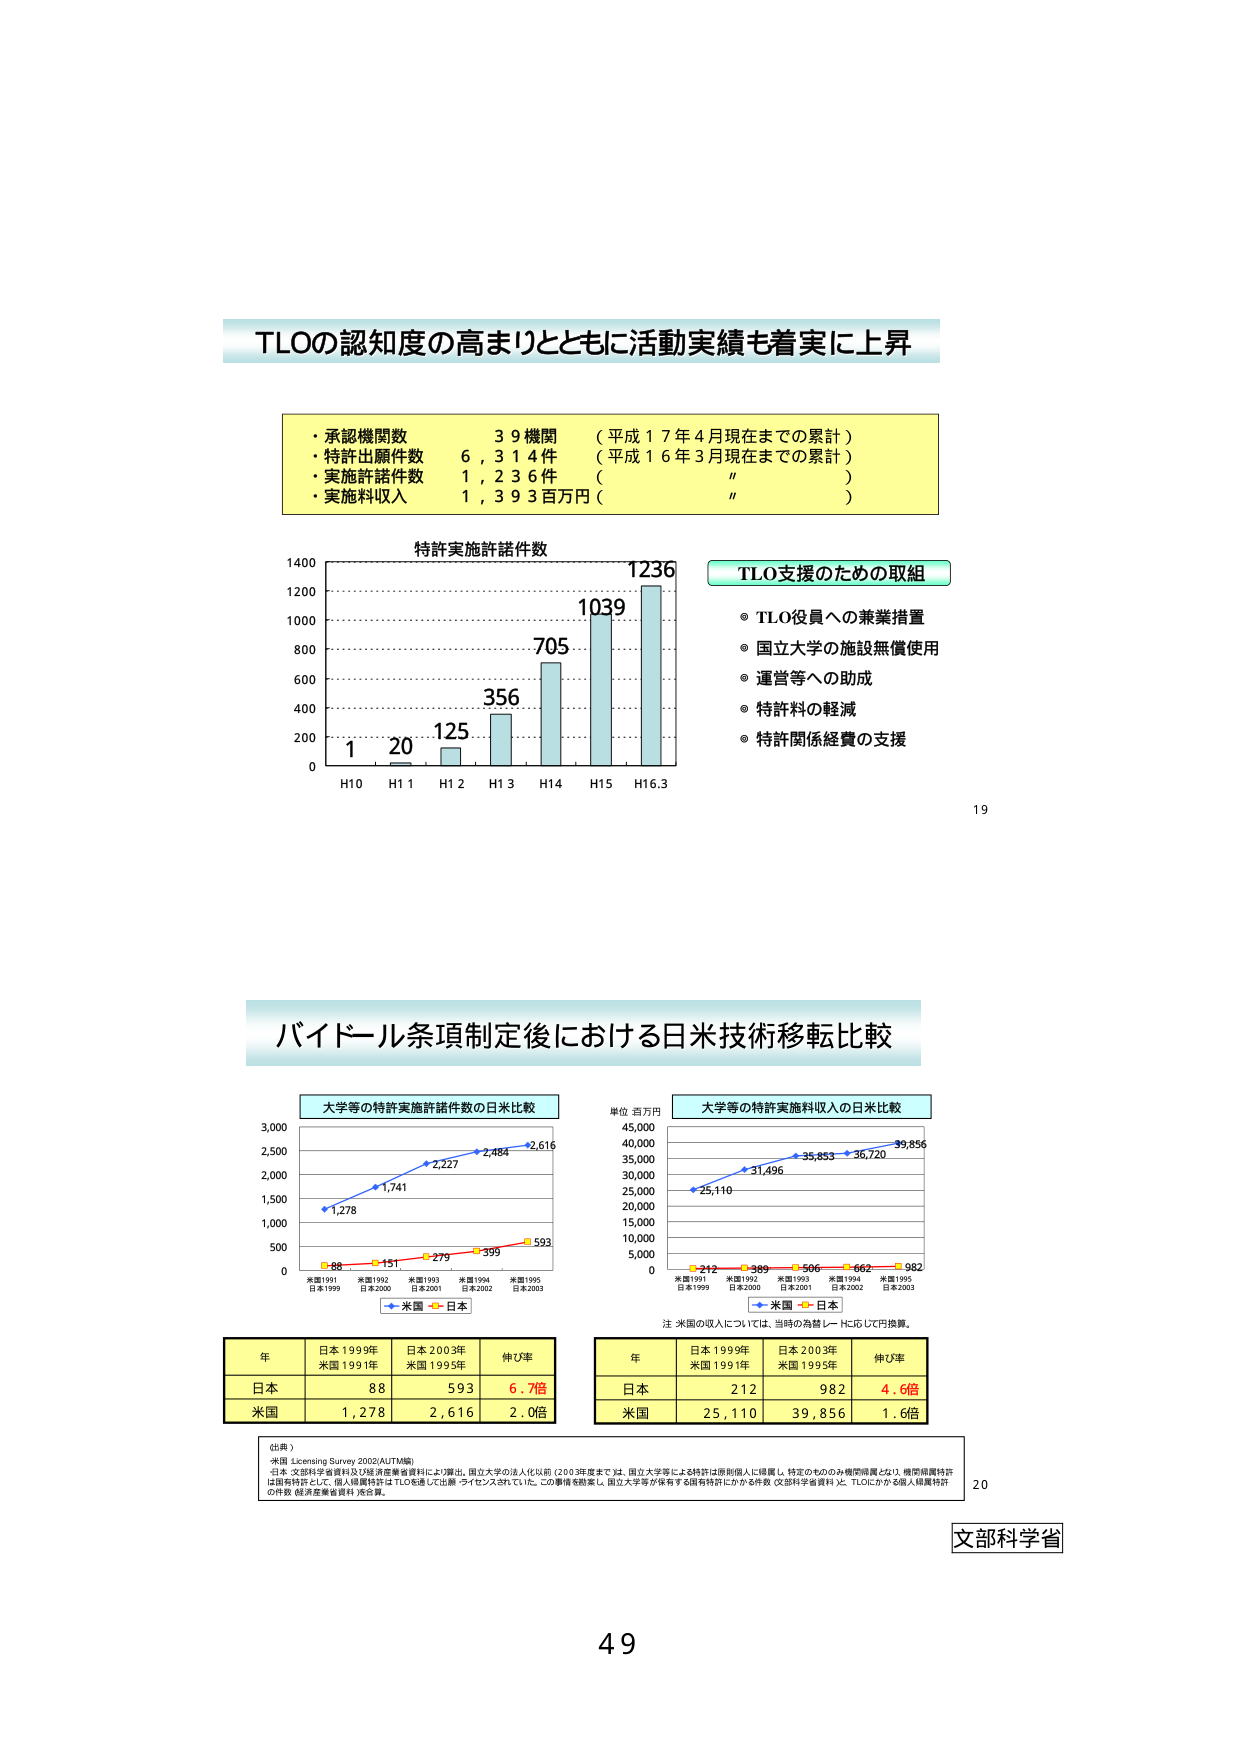
TLOの認知度の高まりとともに活動実績も着実に上昇

・承認機関数　　39機関　（平成17年4月現在までの累計）
・特許出願件数　6,314件　（平成16年3月現在までの累計）
・実施許諾件数　1,236件　（　　　　　　　　　　　〃　）
・実施料収入　　1,393百万円（　　　　　　　　　　　〃　）

特許実施許諾件数
1400
1200
1000
800
600
400
200
0
H10　H11　H12　H13　H14　H15　H16.3
1　20　125　356　705　1039　1236

TLO支援のための取組
◎ TLO役員への兼業措置
◎ 国立大学の施設無償使用
◎ 運営等への助成
◎ 特許料の軽減
◎ 特許関係経費の支援

19

バイドール条項制定後における日米技術移転比較

大学等の特許実施許諾件数の日米比較
3,000
2,500
2,000
1,500
1,000
500
0
米国1991　米国1992　米国1993　米国1994　米国1995
日本1999　日本2001　日本2002　日本2003
1,278　1,741　2,227　2,484　2,616
88　151　279　399　593
→米国　→日本

大学等の特許実施料収入の日米比較
単位：百万円
45,000
40,000
35,000
30,000
25,000
20,000
15,000
10,000
5,000
0
米国1991　米国1992　米国1993　米国1994　米国1995
日本1999　日本2001　日本2002　日本2003
25,110　31,496　35,853　36,720　39,856
212　389　506　662　982
→米国　→日本

注：米国の収入については、当時の為替レートに応じて円換算。

年　　日本1999年　日本2003年　伸び率
　　　米国1991年　米国1995年
日本　　88　　　　593　　　　6.7倍
米国　　1,278　　2,616　　　2.0倍

年　　日本1999年　日本2003年　伸び率
　　　米国1991年　米国1995年
日本　　212　　　　982　　　　4.6倍
米国　　25,110　　39,856　　　1.6倍

（出典）
米国：Licensing Survey 2002/AUTM編
日本：文部科学省資料及び経済産業省資料により算出。国立大学の法人化以前（2003年度まで）は、国立大学等による特許は原則個人に帰属し、特定のもののみ機関帰属となり、機関帰属特許は国特許として、個人帰属特許はTLOを通じて出願・ライセンスされていた。この事情を勘案し、国立大学等が保有する国特許にかかる件数（文部科学省資料）と、TLOにかかる個人帰属特許の件数（経済産業省資料）を合算。

20

文部科学省

49